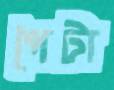
পৈটা